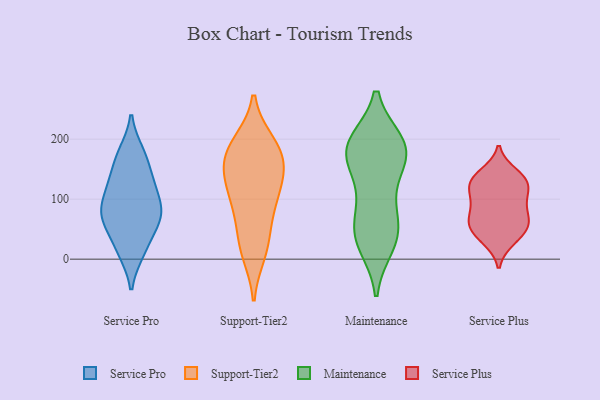
{"axis": {"x": "Inventory Turnover", "y": "Value"}, "legend": ["Maintenance", "Service Plus", "Service Pro", "Support-Tier2"], "data": [{"x": "", "y": 64, "type": "Service Pro"}, {"x": "", "y": 80, "type": "Service Pro"}, {"x": "", "y": 17, "type": "Service Pro"}, {"x": "", "y": 170, "type": "Service Pro"}, {"x": "", "y": 59, "type": "Service Pro"}, {"x": "", "y": 13, "type": "Service Pro"}, {"x": "", "y": 118, "type": "Service Pro"}, {"x": "", "y": 82, "type": "Service Pro"}, {"x": "", "y": 76, "type": "Service Pro"}, {"x": "", "y": 119, "type": "Service Pro"}, {"x": "", "y": 136, "type": "Service Pro"}, {"x": "", "y": 177, "type": "Service Pro"}, {"x": "", "y": 90, "type": "Support-Tier2"}, {"x": "", "y": 150, "type": "Support-Tier2"}, {"x": "", "y": 183, "type": "Support-Tier2"}, {"x": "", "y": 147, "type": "Support-Tier2"}, {"x": "", "y": 98, "type": "Support-Tier2"}, {"x": "", "y": 20, "type": "Support-Tier2"}, {"x": "", "y": 45, "type": "Support-Tier2"}, {"x": "", "y": 189, "type": "Support-Tier2"}, {"x": "", "y": 168, "type": "Support-Tier2"}, {"x": "", "y": 193, "type": "Support-Tier2"}, {"x": "", "y": 11, "type": "Support-Tier2"}, {"x": "", "y": 139, "type": "Support-Tier2"}, {"x": "", "y": 105, "type": "Support-Tier2"}, {"x": "", "y": 194, "type": "Maintenance"}, {"x": "", "y": 68, "type": "Maintenance"}, {"x": "", "y": 175, "type": "Maintenance"}, {"x": "", "y": 24, "type": "Maintenance"}, {"x": "", "y": 186, "type": "Maintenance"}, {"x": "", "y": 42, "type": "Maintenance"}, {"x": "", "y": 93, "type": "Maintenance"}, {"x": "", "y": 189, "type": "Maintenance"}, {"x": "", "y": 192, "type": "Maintenance"}, {"x": "", "y": 34, "type": "Maintenance"}, {"x": "", "y": 130, "type": "Maintenance"}, {"x": "", "y": 42, "type": "Maintenance"}, {"x": "", "y": 163, "type": "Maintenance"}, {"x": "", "y": 181, "type": "Maintenance"}, {"x": "", "y": 95, "type": "Service Plus"}, {"x": "", "y": 101, "type": "Service Plus"}, {"x": "", "y": 67, "type": "Service Plus"}, {"x": "", "y": 102, "type": "Service Plus"}, {"x": "", "y": 131, "type": "Service Plus"}, {"x": "", "y": 32, "type": "Service Plus"}, {"x": "", "y": 130, "type": "Service Plus"}, {"x": "", "y": 129, "type": "Service Plus"}, {"x": "", "y": 36, "type": "Service Plus"}, {"x": "", "y": 70, "type": "Service Plus"}, {"x": "", "y": 53, "type": "Service Plus"}, {"x": "", "y": 61, "type": "Service Plus"}, {"x": "", "y": 55, "type": "Service Plus"}, {"x": "", "y": 129, "type": "Service Plus"}, {"x": "", "y": 142, "type": "Service Plus"}]}